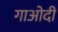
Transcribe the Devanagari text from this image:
गाओदी